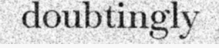
doubtingly